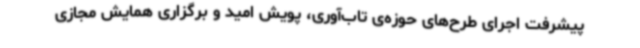
پیشرفت اجرای طرح‌های حوزه‌ی تاب‌آوری، پویش امید و برگزاری همایش مجازی